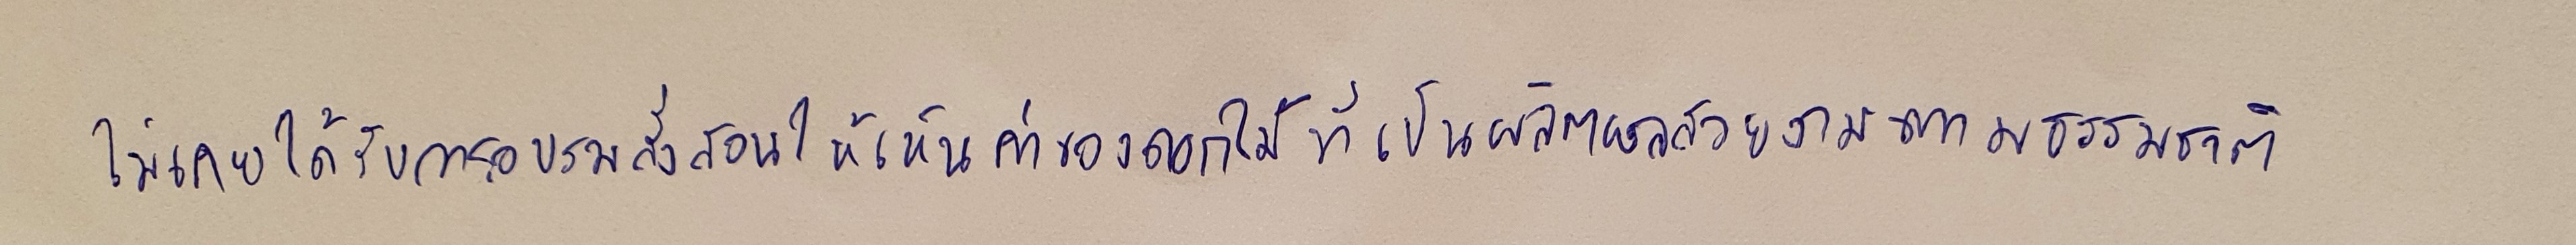
ไม่เคยได้รับการอบรมสั่งสอนให้เห็นค่าของดอกไม้ที่เป็นผลิตผลสวยงามตามธรรมชาติ